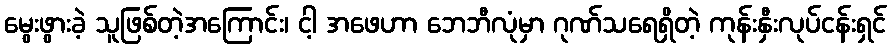
မွေးဖွားခဲ့ သူဖြစ်တဲ့အကြောင်း၊ ငါ့ အဖေဟာ ဘေဘီလုံမှာ ဂုဏ်သရေရှိတဲ့ ကုန်းနှီးလုပ်ငန်းရှင်